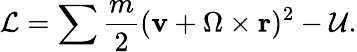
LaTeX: \mathcal{L}=\sum\frac{m}{2}(\textbf{v}+\Omega\times\textbf{r})^{2}-\mathcal{U}.